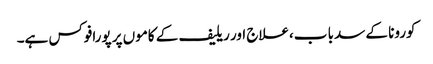
کورونا کے سدبا ب،علاج اور ریلیف کے کاموں پر پورافوکس ہے۔